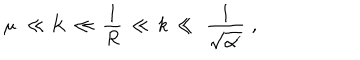
LaTeX: \mu \, \, \ll K \, \ll \, { \frac { 1 } { R } } \, \ll \, k \, \ll \, \, { \frac { 1 } { \sqrt { \alpha ^ { \prime } } } } \, \, ,